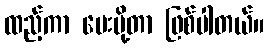
ထည့်ကာ ပေးပို့တာ ဖြစ်ပါတယ်။